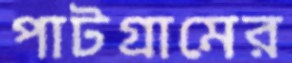
পাটগ্রামের